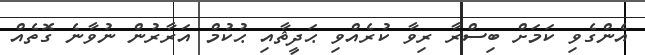
އެންގެވި ކަމަށް ބިސްރާ ރިވާ ކުރެއްވި ޙަދީޘާއި ޙުކުމް އަރާރުން ނުވާނެ ގޮތެއް